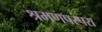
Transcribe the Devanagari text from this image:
श्रमणपरंपरा